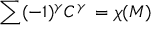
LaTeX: \sum ( - 1 ) ^ { \gamma } C ^ { \gamma } \, = \chi ( M )